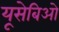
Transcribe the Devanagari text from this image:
यूसेबिओ